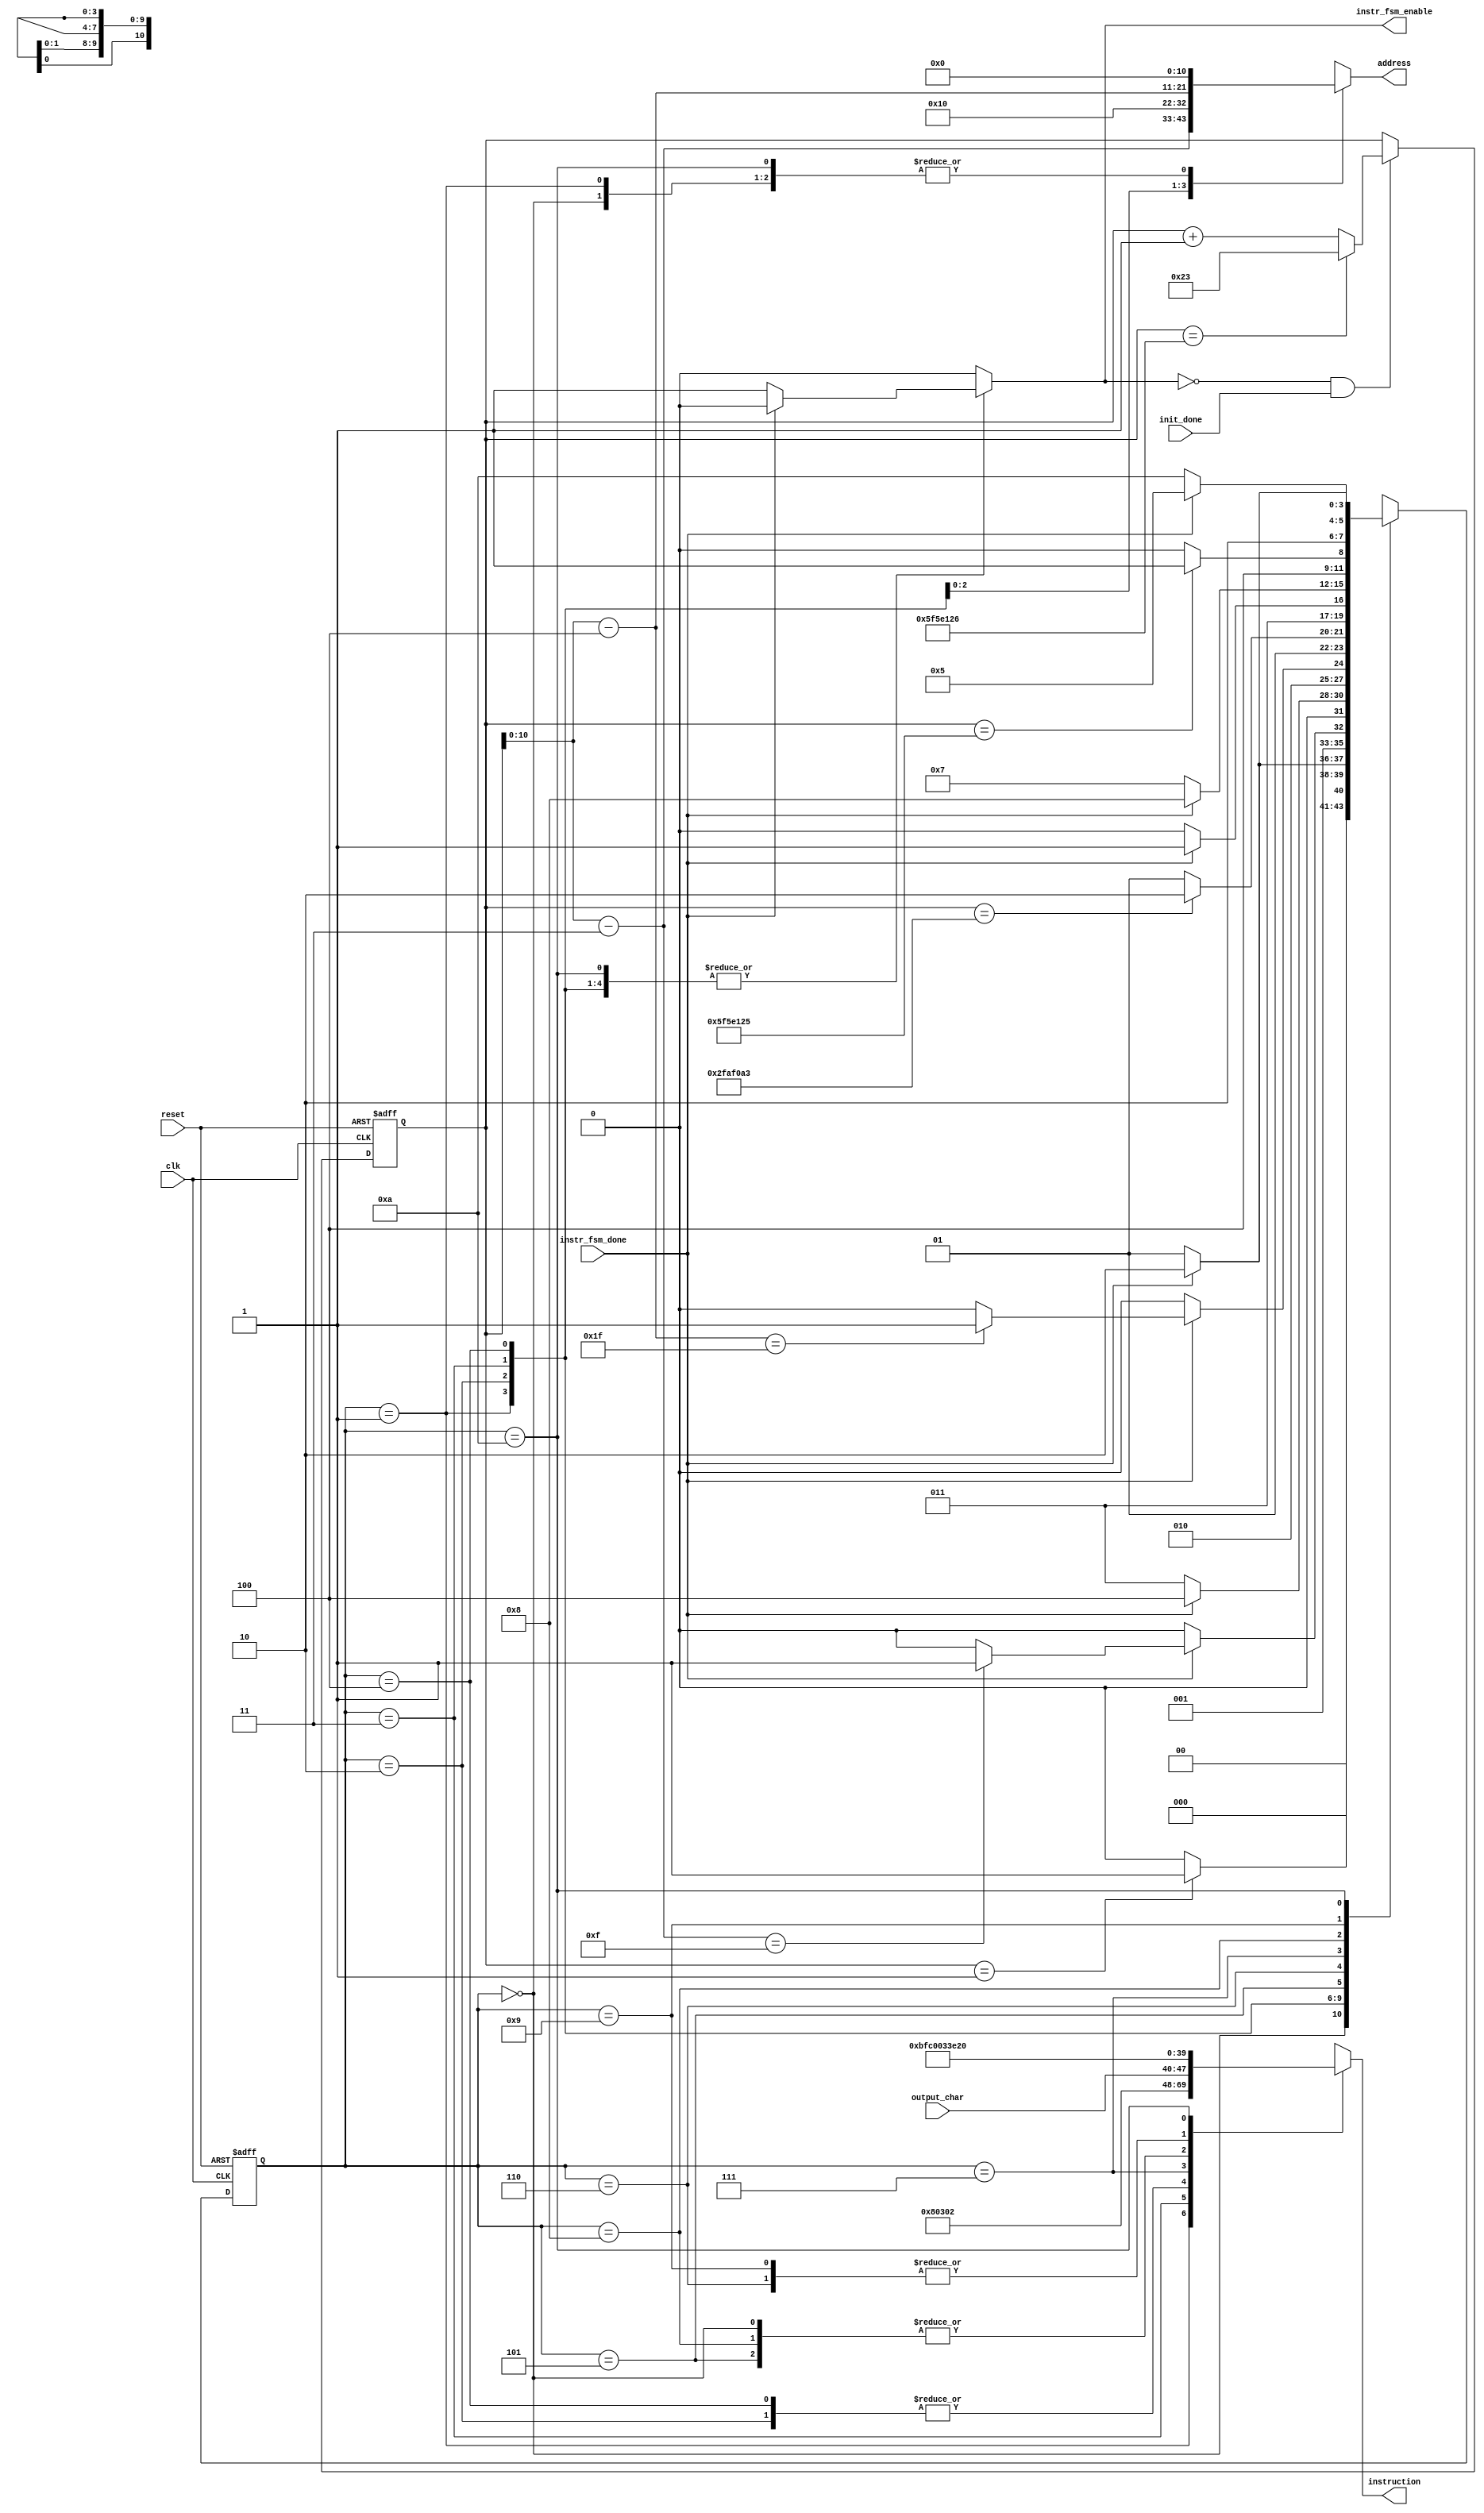
/* The main fsm
 *
 * I implemented it as Mealy FSM
 *
 */

module infinite_fsm(clk, reset, init_done, instr_fsm_done, instr_fsm_enable, instruction, address, output_char);
input clk, reset, init_done, instr_fsm_done;
input [7:0] output_char;
output reg instr_fsm_enable;
output reg [9:0] instruction;
output reg [10:0] address;

reg [3:0] current_state;
reg [3:0] next_state;
reg [26:0] counter;    // 26 digits to display 50,000,000


parameter state_wait_4_init  = 4'b0000, //  0
          state_set_aDDr_00  = 4'b0001, //  1
          state_write_top    = 4'b0010, //  2
          state_set_aDDr_40  = 4'b0011, //  3
          state_write_bottom = 4'b0100, //  4
          state_wait_1s_1    = 4'b0101, //  5
          state_set_aDDr_4F  = 4'b0110, //  6
          state_write_cursor = 4'b0111, //  7
          state_wait_1s_2    = 4'b1000, //  8
          state_set_aDDr_4F_2= 4'b1001, //  9
          state_write_blank  = 4'b1010; // 10


always @ (posedge clk or posedge reset)
begin
	if(reset)
	begin
		current_state <= state_wait_4_init;
		counter <= 'b0;
	end
	else
	begin
		current_state <= next_state;
		if(~instr_fsm_enable & init_done)
      if(counter == 'd100000038)
        counter <= 35;
      else
			   counter <= counter + 1;
	end
end


always @ (current_state or counter or instr_fsm_done or output_char)
begin

	case(current_state)
    // **************************  WRITE DATA  ****************************** //
    state_wait_4_init:
    begin
      address = 'b0;
      instruction = 10'b00_0000_0000;  // don't care
      instr_fsm_enable = 1'b0;         // don't care
      if(counter == 1)
        next_state = state_set_aDDr_00;
      else
        next_state = state_wait_4_init;
    end

    state_set_aDDr_00:
    begin
      address = 'b0;
      instruction = 10'b00_1000_0000;  // Set DDRAM address to 00 (top left corner)
      instr_fsm_enable = 1'b1;
			if(instr_fsm_done)
      begin
        instr_fsm_enable = 1'b0;
				next_state = state_write_top;
      end
      else
        next_state = state_set_aDDr_00;
    end

		state_write_top:
		begin
      instruction = {2'b10, output_char};
      //instruction = 10'b10_0100_0001;  // Write character 'A'
      address = counter - 'b11; // dhladh address = 0 thn prwth fora

      instr_fsm_enable = 1'b1;
			if(instr_fsm_done)
      begin
        instr_fsm_enable = 1'b0;
        if(address == 15)
				  next_state = state_set_aDDr_40;
        else
          next_state = state_write_top;
      end
			else
				next_state = state_write_top;
		end

		state_set_aDDr_40:
		begin
      address = 16;
      instruction = 10'b00_1100_0000;  // Set DDRAM address to 40 (bottom left corner)
      instr_fsm_enable = 1'b1;
      if(instr_fsm_done)
      begin
        instr_fsm_enable = 1'b0;
        next_state = state_write_bottom;
      end
			else
				next_state = state_set_aDDr_40;
		end

		state_write_bottom:
		begin
      instruction = {2'b10, output_char};
      //instruction = 10'b10_0110_0001;  // Write character 'a'
      address = counter - 'b100;
			instr_fsm_enable = 1'b1;
			if(instr_fsm_done)
      begin
        instr_fsm_enable = 1'b0;
        if(address == 31)
				    next_state = state_wait_1s_1;
        else
          next_state = state_write_bottom;
      end
			else
				next_state = state_write_bottom;
		end

    // ****************** THE INFINITE LOOP ********************************* //

    state_wait_1s_1:
    begin
      address = 'b0;
      instruction = 10'b00_0000_0000;  // Don't care
      instr_fsm_enable = 1'b0;
      if(counter == 'd50000035) //'b10_0100_1100_0100_1011_1010_0100)    // decimal: (50,000,000 + 36)-1
        next_state = state_set_aDDr_4F;
      else
        next_state = state_wait_1s_1;
    end

    state_set_aDDr_4F:
		begin
      address = 'b0;
      instruction = 10'b00_1100_1111;  // Set DDRAM address to 4F (bottom right corner)
      instr_fsm_enable = 1'b1;
			if(instr_fsm_done)
      begin
        instr_fsm_enable = 1'b0;
				next_state = state_write_cursor;
      end
			else
				next_state = state_set_aDDr_4F;
		end

    state_write_cursor:
    begin
      address = 'b0;
      instruction = 10'b10_1111_1111;  // Write cursor character
      instr_fsm_enable = 1'b1;
      if(instr_fsm_done)
      begin
        instr_fsm_enable = 1'b0;
        next_state = state_wait_1s_2;
      end
      else
        next_state = state_write_cursor;
    end

    state_wait_1s_2:
    begin
      address = 'b0;
      instruction = 10'b00_0000_0000;  // Don't care
      instr_fsm_enable = 1'b0;
      if(counter == 'd100000037) //'b10_0100_1100_0100_1011_1010_0100)    // decimal: (100,000,000 + 38)-1
        next_state = state_set_aDDr_4F_2;
      else
        next_state = state_wait_1s_2;
    end

    state_set_aDDr_4F_2:
    begin
      address = 'b0;
      instruction = 10'b00_1100_1111;  // Set DDRAM address to 4F (bottom right corner)
      instr_fsm_enable = 1'b1;
      if(instr_fsm_done)
      begin
        instr_fsm_enable = 1'b0;
        next_state = state_write_blank;
      end
      else
        next_state = state_set_aDDr_4F_2;
    end

    state_write_blank:
    begin
      address = 'b0;
      instruction = 10'b10_0010_0000;  // Write blank space character
      instr_fsm_enable = 1'b1;
      if(instr_fsm_done)
      begin
        instr_fsm_enable = 1'b0;
        next_state = state_wait_1s_1;
      end
      else
        next_state = state_write_blank;
    end

		default:
		begin // it will never get in here
      address = 11'bXXX_XXXX_XXXX;
      instruction = 10'bXX_XXXX_XXXX;
      instr_fsm_enable = 1'b0;
			next_state = 4'bXXXX;
		end
	endcase
end

endmodule